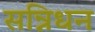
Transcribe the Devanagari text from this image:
सन्निधन